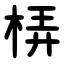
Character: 梇